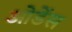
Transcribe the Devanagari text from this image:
ओडेंस